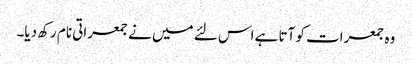
وہ جمعرات کو آتا ہے اس لئے میں نے جمعراتی نام رکھ دیا۔